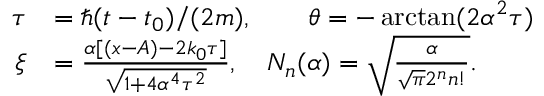
\begin{array} { r l r } { \tau } & { = \hbar ( t - t _ { 0 } ) / ( 2 m ) , \qquad \theta = - \arctan ( 2 \alpha ^ { 2 } \tau ) } & \\ { \xi } & { = \frac { \alpha [ ( x - A ) - 2 k _ { 0 } \tau ] } { \sqrt { 1 + 4 \alpha ^ { 4 } \tau ^ { 2 } } } , \quad N _ { n } ( \alpha ) = \sqrt { \frac { \alpha } { \sqrt { \pi } 2 ^ { n } n ! } } . } & \end{array}